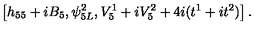
\left[ h _ { 5 5 } + i B _ { 5 } , \psi _ { 5 L } ^ { 2 } , V _ { 5 } ^ { 1 } + i V _ { 5 } ^ { 2 } + 4 i ( t ^ { 1 } + i t ^ { 2 } ) \right] .